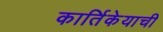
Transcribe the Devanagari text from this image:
कार्तिकेयाची